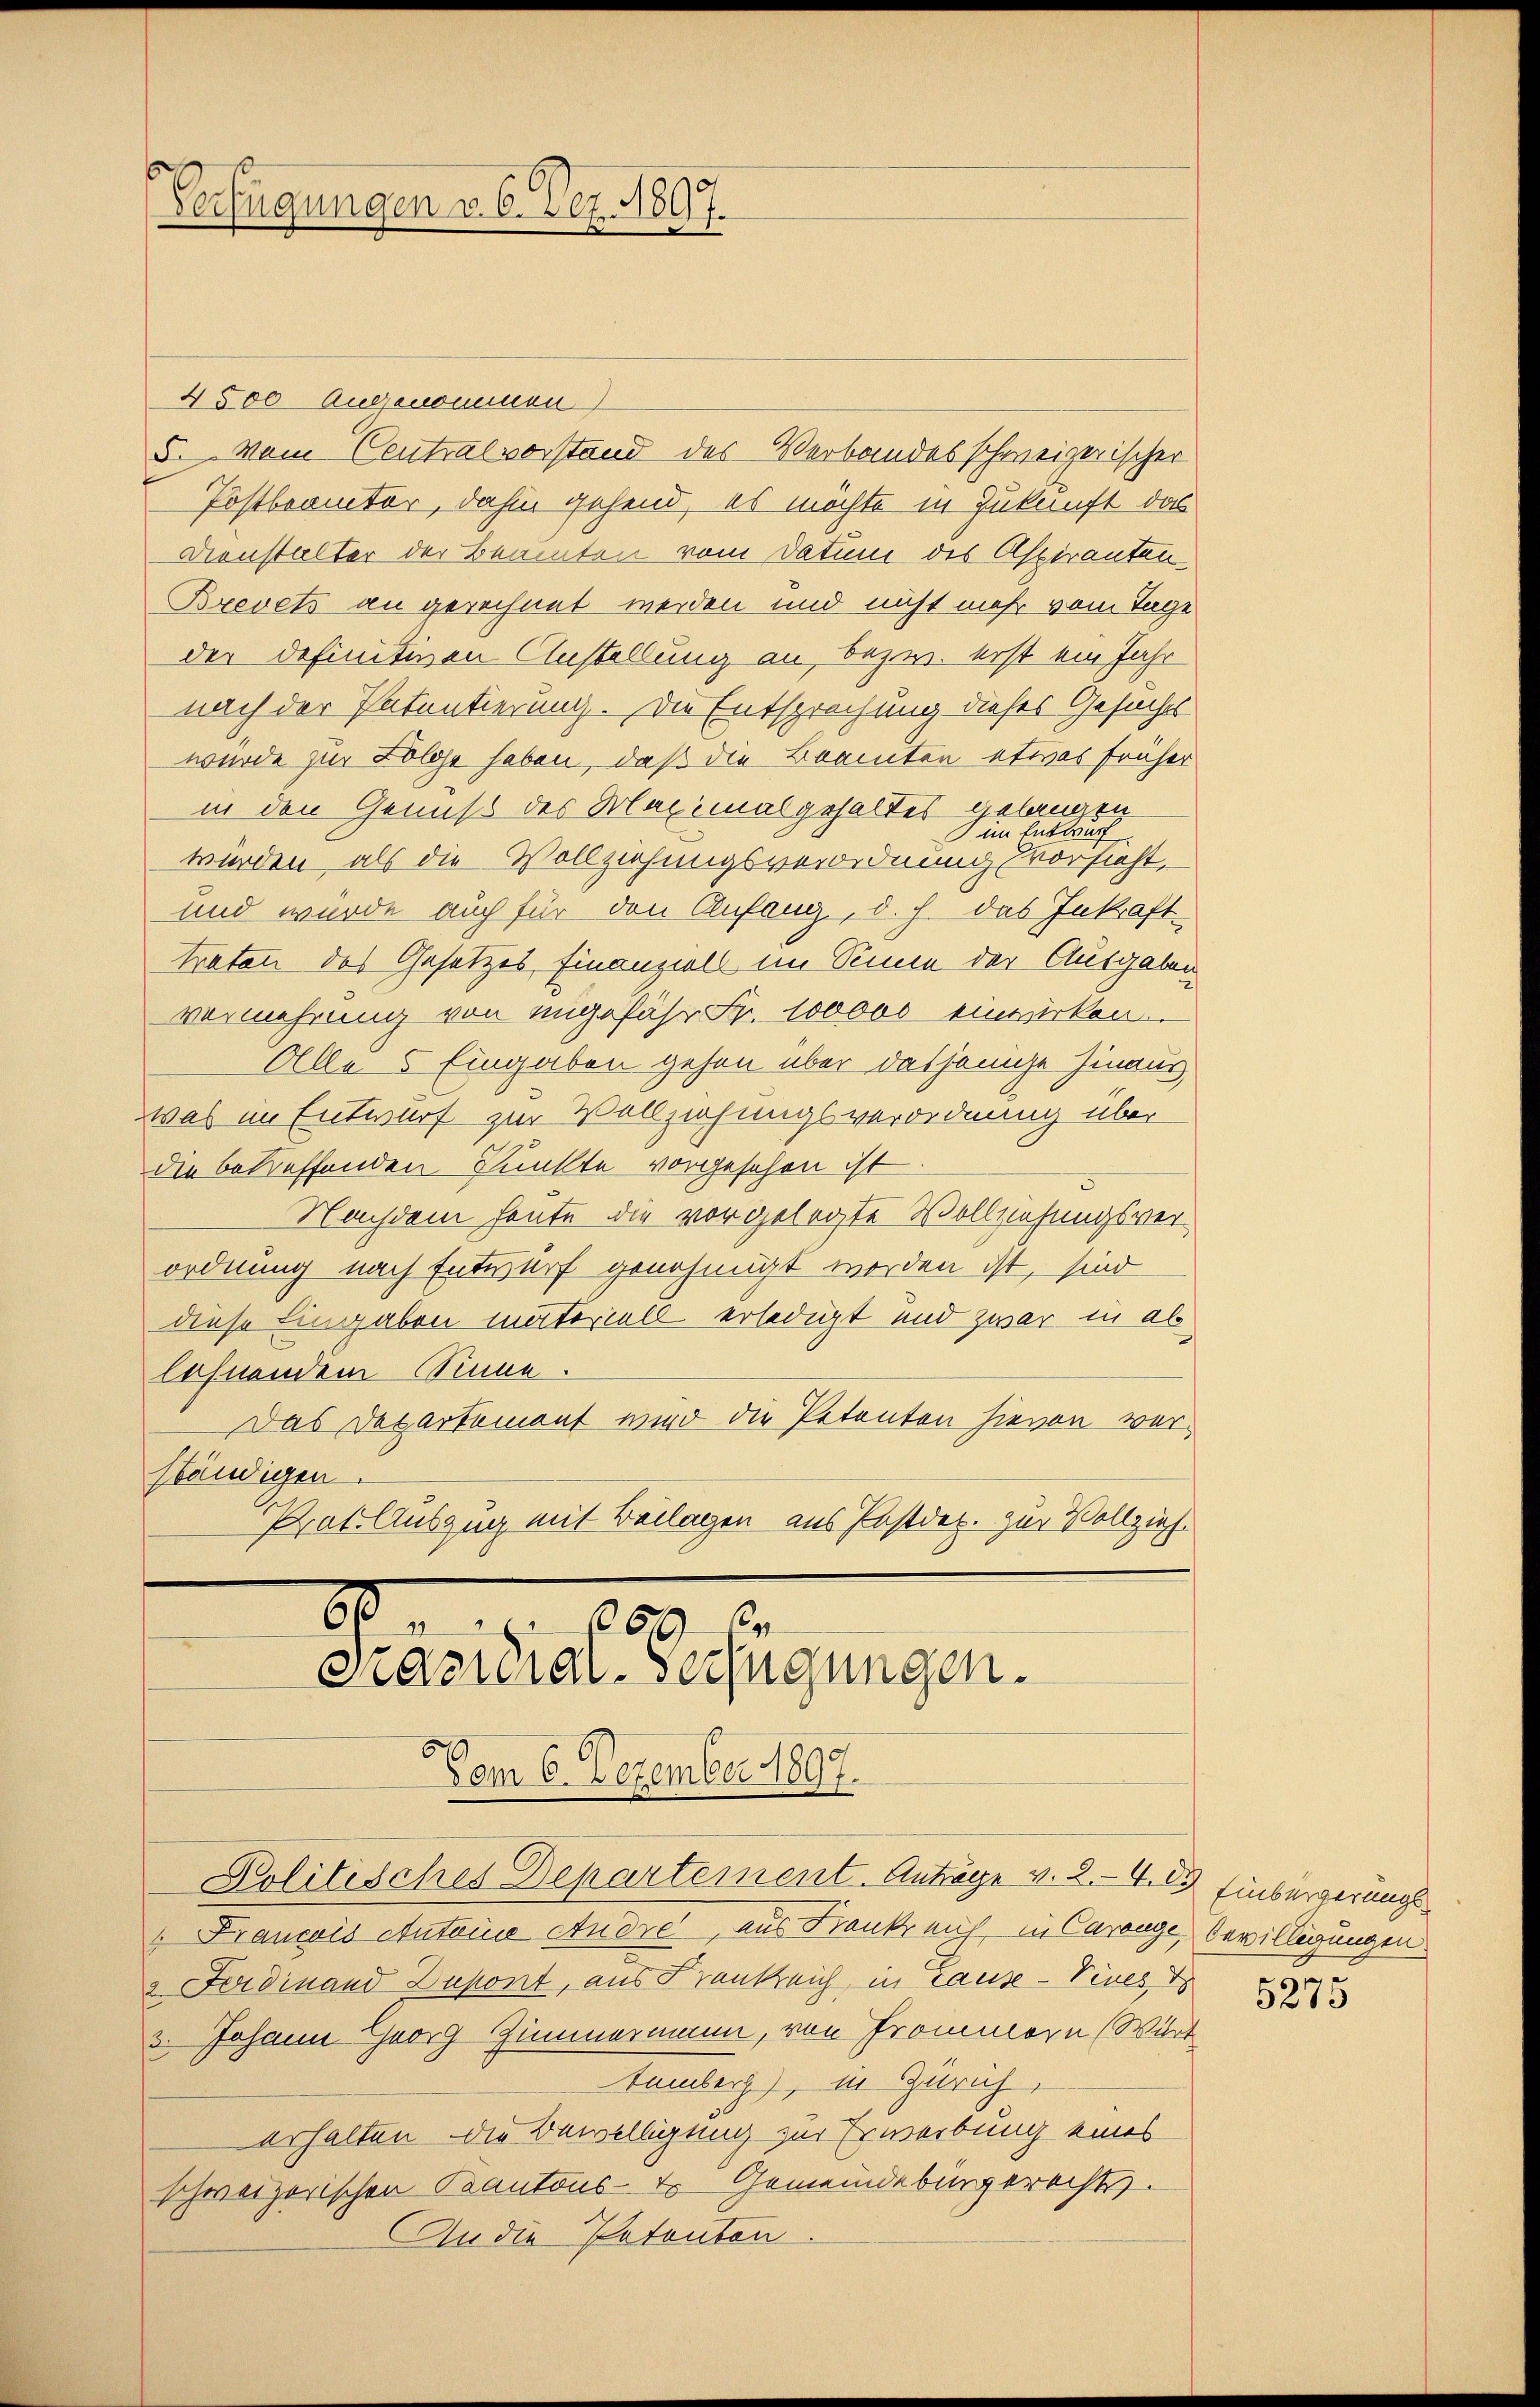
4500 Augenommen)
5. Vom Centralvorstand des Verbandes schweizerischer
Postbeamter, dahin gehend, es möchte in Zukunft das
Dienstalter der Beamten vom Datum des Aspiranten¬
Brevets an gerechnet werden und nicht mehr vom Tage
der definitiven Anstellung an, bezw. erst ein Jahr
nach der Patentierung. Die Entsprechung dieses Gesuches
wurde zur Folge haben, daß die Beamten etwas früher
in den Genuß des Maximal gehaltes gelangen
im Entwurf
werden, als die Vollziehungsverordnung Vorsieht,
und wurde auch für den Anfang, d. h. das Inkraft-
traten des Gesetzes Finanziell im Sinne der Ausgaben
vermehrung von ungefähr Fr. 100000 einwirken
Alle 5 Eingaben gehen über dasjenige hinaus,
Was im Entwurf zur Vollziehungsverordnung über
die betreffenden Punkte vorgesehen ist
Nachdem heute die vorgelegte Vollziehungsverordnung nach Entwurf genehmigt worden ist, sind
diese Eingaben materiell erledigt und zwar in ab
löhnendem Sinne.
Das Departemont wird die Petenten hievon versbändigen.
Prat. Auszug mit Beilagen aus Postdep. zur Vollzieh
.
169. Er
Präsidial-Verfügungen.

Verfügungen d. 6. Dez. 1897.

Vom 6. Dezember 1897.
Politisches Departement. Anträge v. 2.- 4. 19. Einbürgerungs¬

" Francois Antaine Andre, aus Frankreich in Carange, Bewilligungen
2. Ferdinand Dupont, aus Frankreich in Tause -Vives d
3. Johann Georg Zimmermann, von Trommern (Wirt
temberg), in Zürich,
erhalten die Bewilligung zur Erwerbung eines
schweizerischen Kantons- Er Gemeindebürgerechts.
An die Patenten

5275